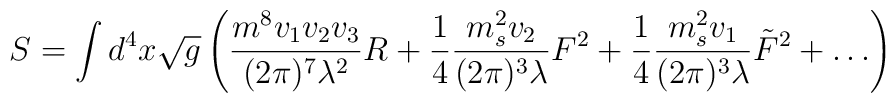
S = \int d^4 x \sqrt{g} \left( {{m^8 v_1 v_2 v_3} \over (2 \pi)^7 \lambda^2} R + {1 \over 4} {{m_s^2 v_2} \over {(2 \pi)^3 \lambda}}  F^2+ {1 \over 4} {{m_s^2 v_1} \over {(2 \pi)^3 \lambda}}  \tilde{F}^2 +\dots \right)